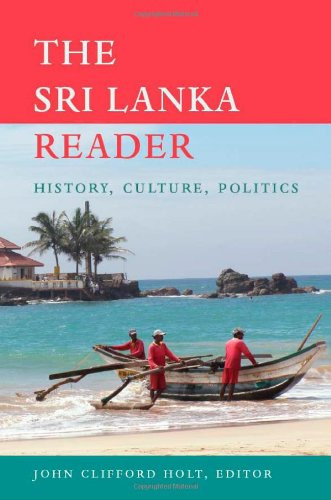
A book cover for The Sri Lanka Reader: History, Culture, Politics (The World Readers); History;